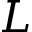
L